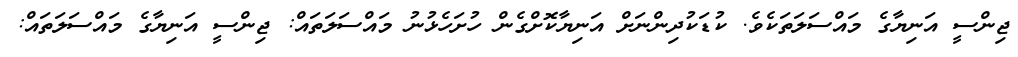
ޖިންސީ އަނިޔާގެ މައްސަލަތަކެވެ. ކުޑަކުދިންނަށް އަނިޔާކޮށްގެން ހުށަހެޅުނު މައްސަލަތައް: ޖިންސީ އަނިޔާގެ މައްސަލަތައް: